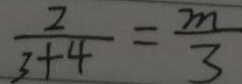
\frac { 2 } { 3 + 4 } = \frac { m } { 3 }